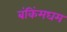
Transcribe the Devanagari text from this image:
बंकिंमघम